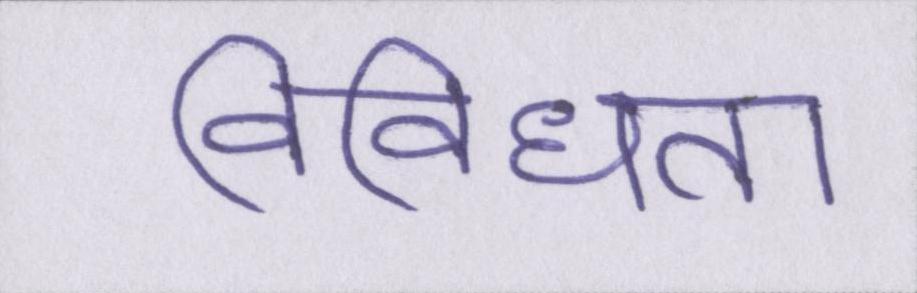
विविधता